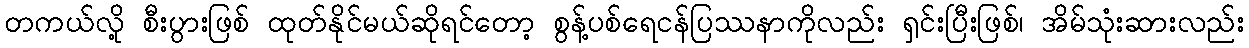
တကယ်လို့ စီးပွားဖြစ် ထုတ်နိုင်မယ်ဆိုရင်တော့ စွန့်ပစ်ရေငန်ပြဿနာကိုလည်း ရှင်းပြီးဖြစ်၊ အိမ်သုံးဆားလည်း